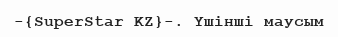
-{SuperStar KZ}-. Үшінші маусым